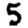
Digit: 5